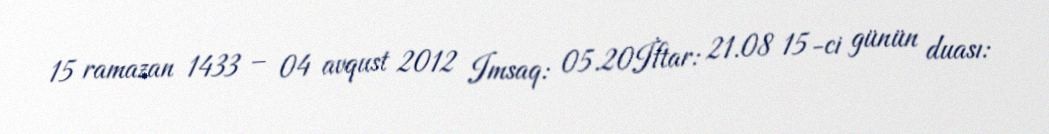
15 ramazan 1433 – 04 avqust 2012 Imsaq: 05.20İftar: 21.08 15-ci günün duası: